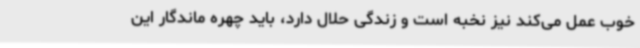
خوب عمل می‌کند نیز نخبه است و زندگی حلال دارد، باید چهره ماندگار این